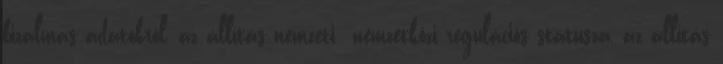
bizalmas adatokról, az állítás nemzeti nemzetközi regulációs státusza, az állítás